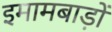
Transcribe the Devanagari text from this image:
इमामबाड़ों